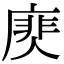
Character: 𢊎